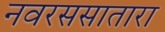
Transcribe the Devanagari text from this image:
नवरससातारा